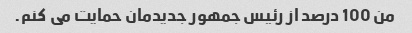
من 100 درصد از رئیس جمهور جدیدمان حمایت می کنم.